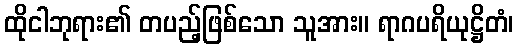
ထိုငါဘုရား၏ တပည့်ဖြစ်သော သူအား။ ရာဂပရိယုဋ္ဌိတံ၊